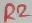
Text: R2